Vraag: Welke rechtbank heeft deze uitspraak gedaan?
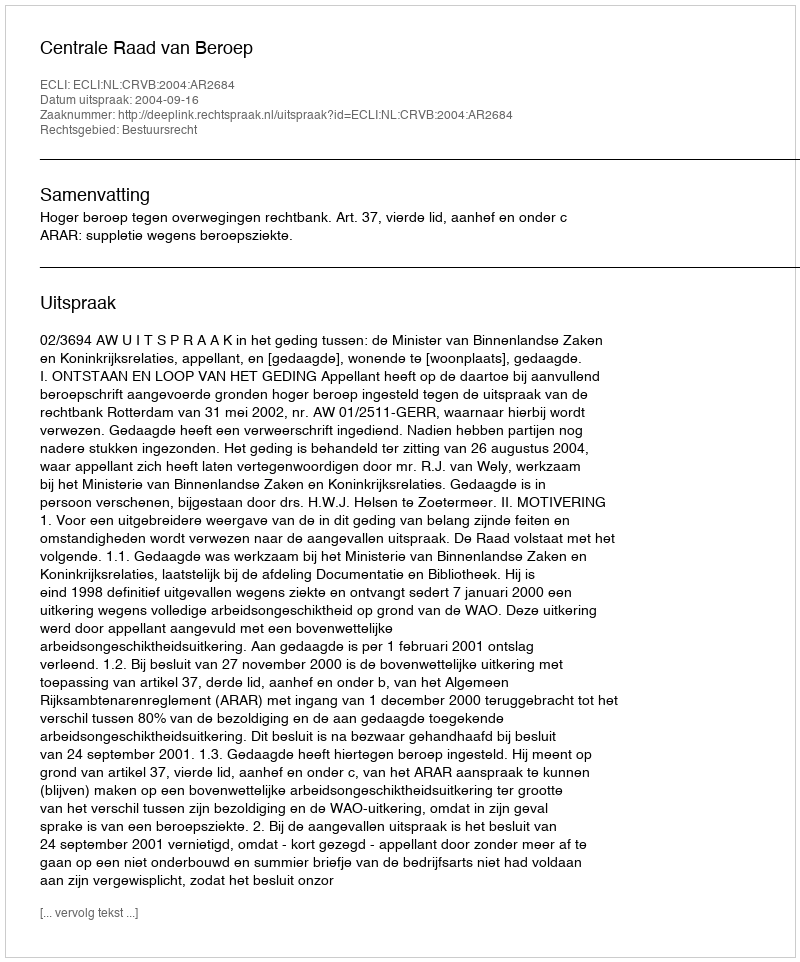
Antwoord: Centrale Raad van Beroep